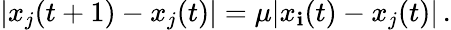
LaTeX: |x_{j}(t+1)-x_{j}(t)|=\mu|x_{\mathbf{i}}(t)-x_{j}(t)|\, .